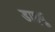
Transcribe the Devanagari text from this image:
डाइवू